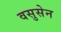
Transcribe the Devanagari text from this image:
वसुसेन